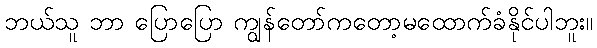
ဘယ်သူ ဘာ ပြောပြော ကျွန်တော်ကတော့မထောက်ခံနိုင်ပါဘူး။